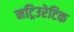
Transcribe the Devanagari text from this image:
नट्रिउरेटिक